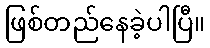
ဖြစ်တည်နေခဲ့ပါပြီ။